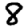
Digit: 8